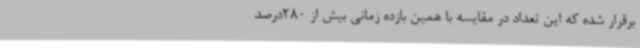
برقرار شده که این تعداد در مقایسه با همین بازده زمانی بیش از 280درصد